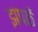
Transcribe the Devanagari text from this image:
झपकें